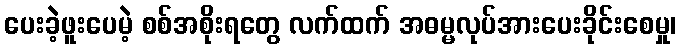
ပေးခဲ့ဖူးပေမဲ့ စစ်အစိုးရတွေ လက်ထက် အဓမ္မလုပ်အားပေးခိုင်းစေမှု၊